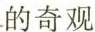
的奇观